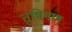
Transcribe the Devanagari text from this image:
तुषिगण